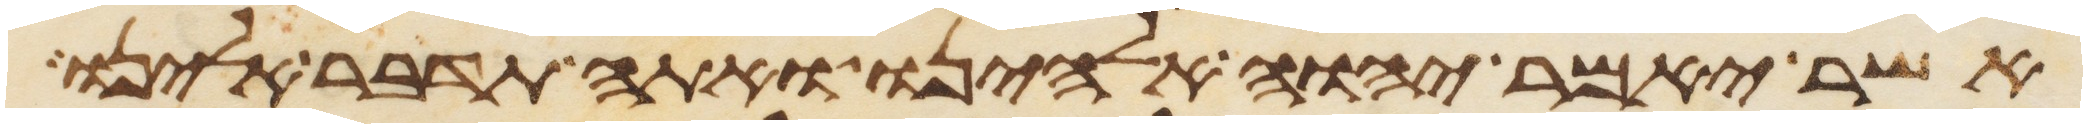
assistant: אשר יאמר יהוה אלהינו ואתה תדבר אלינו